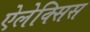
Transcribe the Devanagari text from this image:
ऐलेक्‍सिस